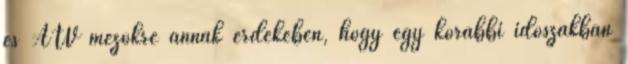
és ATV mezőkre annak érdekében, hogy egy korábbi időszakban